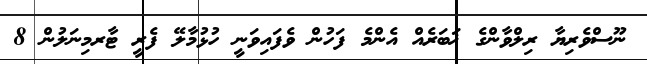
ނޫސްވެރިޔާ ރިލްވާންގެ ޚަބަރެއް އެންމެ ފަހުން ވެފައިވަނީ ހުޅުމާލޭ ފެރީ ޓާރމިނަލުން 8